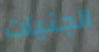
الجنيات